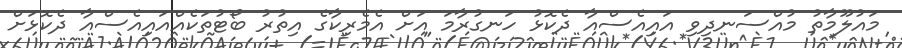
މައުލޫމާތު މުއްސަނދިވި އައިއެސްއާ ދެކޮޅު ހަނގުރާމަ އަށް އެމެރިކާގެ އިތުރު ބޯޓުތަކެއްއައިއެސްއާ ދެކޮޅަށް